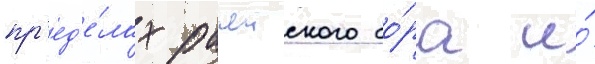
пр'ед'е́лах рачеиского бо́ра и́